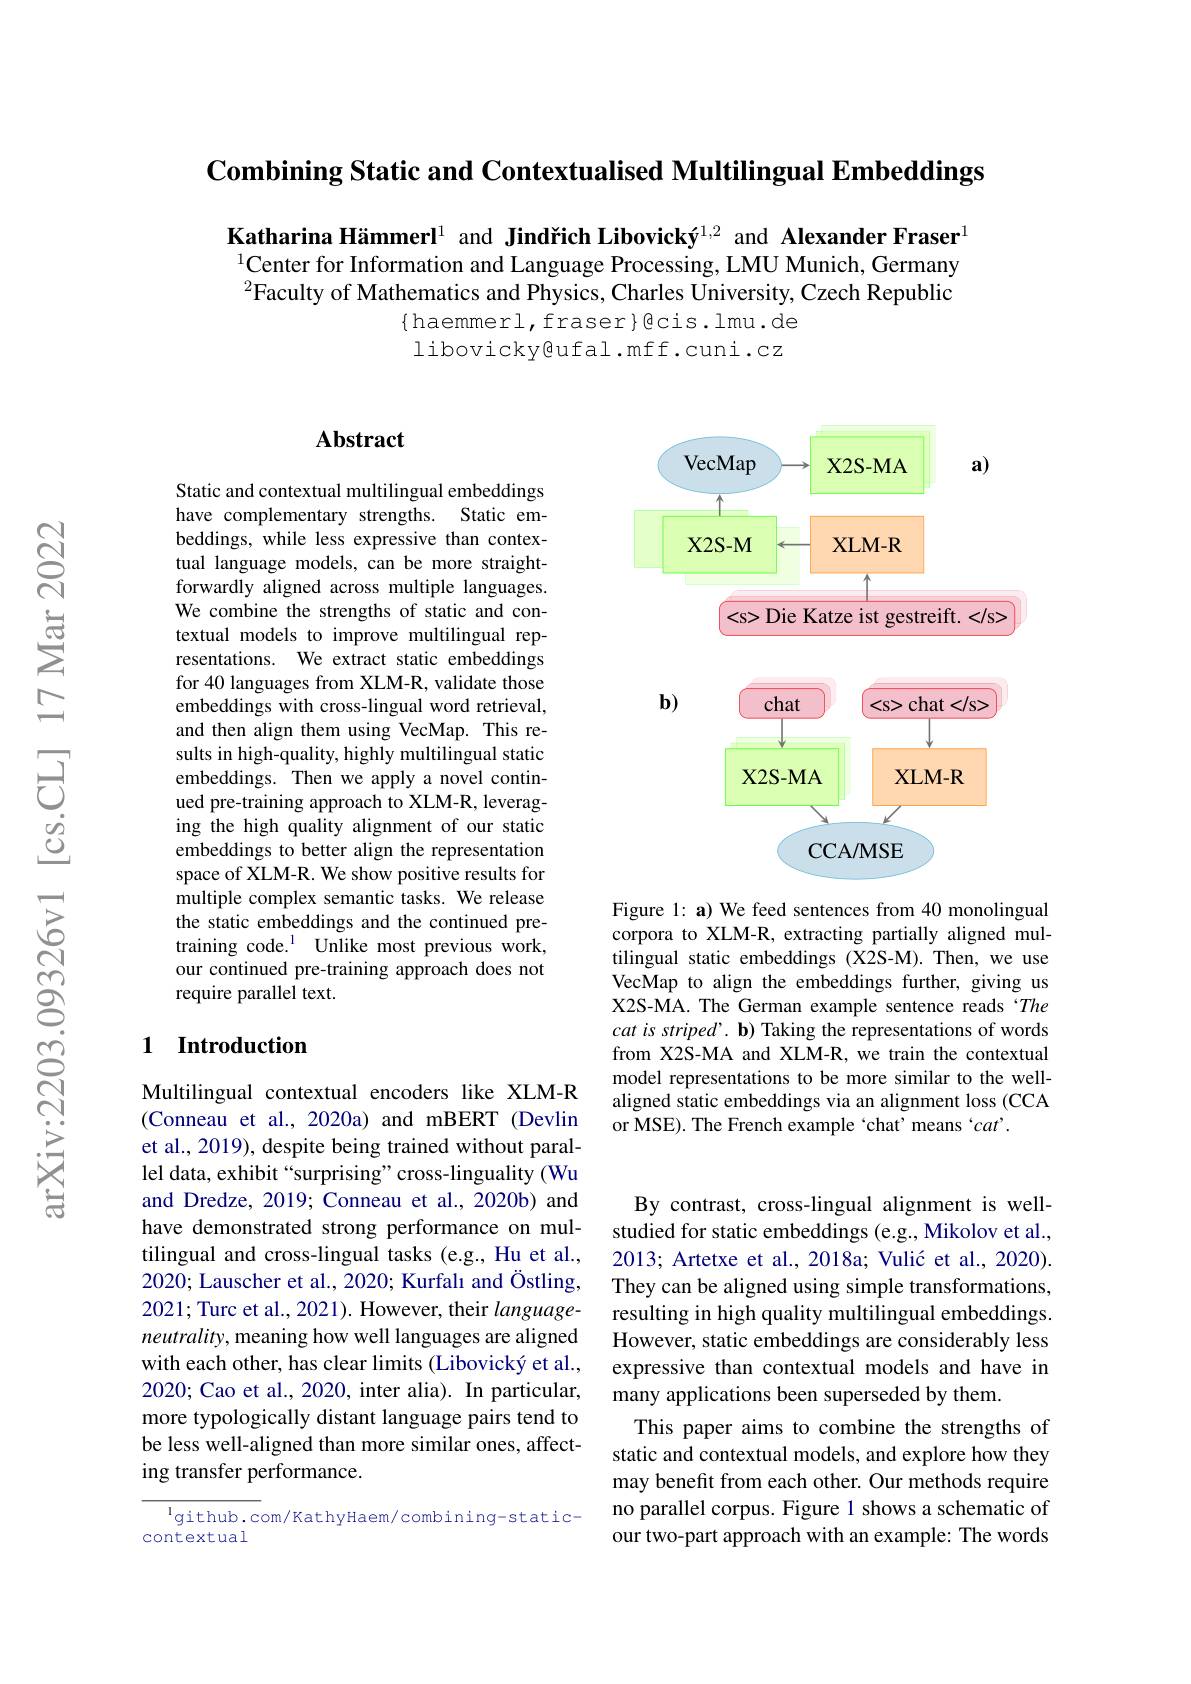
$\textbf{Combining Static and Contextualised Multilingual Embeddings}$

Katharina Hämmerl$^{1}$ and Jindřich Libovický$^{1,2}$ and Alexander Fraser$^{1}$ $^{1}$Center for Information and Language Processing, LMU Munich, Germany $^{2}$Faculty of Mathematics and Physics, Charles University, Czech Republic
$\{$haemmerl,fraser$\}$gcis.lmu.de libovicky@ufal.mff.cuni.cz

## $\mathbf{Abstract}$

<FigureHere>

Figure 1: a) We feed sentences from 40 monolingual

Static and contextual multilingual embeddings have complementary strengths. Static embeddings, while less expressive than contextual language models, can be more straightforwardly aligned across multiple languages. We combine the strengths of static and contextual models to improve multilingual representations. We extract static embeddings for 40 languages from XLM-R, validate those embeddings with cross-lingual word retrieval, and then align them using VecMap. This results in high-quality, highly multilingual static embeddings. Then we apply a novel continued pre-training approach to XLM-R, leveraging the high quality alignment of our static embeddings to better align the representation space of XLM-R. We show positive results for multiple complex semantic tasks. We release the static embeddings and the continued pretraining code.$^{1}$Unlike most previous work, our continued pre-training approach does not require parallel text.

corpora to XLM-R, extracting partially aligned multilingual static embeddings (X2S-M).Then, we use VecMap to align the embeddings further, giving us X2S-MA. The German example sentence reads‘The $cat\textit{ is striped’ . b})$ Taking the representations of words from X2S-MA and XLM-R, we train the contextual model representations to be more similar to the wellaligned static embeddings via an alignment loss (CCA or MSE). The French example‘chat’means‘cat’.

### 1 Introduction

Multilingual contextual encoders like XLM-R (Conneau et al., 2020a) and mBERT (Devlin et al., 2019), despite being trained without parallel data, exhibit “surprising”cross-linguality (Wu and Dredze, 2019; Conneau et al., 2020b) and have demonstrated strong performance on multilingual and cross-lingual tasks (e.g., Hu et al., 2020; Lauscher et al., 2020; Kurfalı and Östling, 2021; Turc et al., 2021). However, their $language-$ neutrality, meaning how well languages are aligned with each other, has clear limits (Libovický et al., 2020; Cao et al., 2020, inter alia). In particular, more typologically distant language pairs tend to be less well-aligned than more similar ones, affecting transfer performance.

By contrast, cross-lingual alignment is wellstudied for static embeddings (e.g., Mikolov et al., 2013; Artetxe et al., 2018a; Vulić et al., 2020). They can be aligned using simple transformations, resulting in high quality multilingual embeddings. However, static embeddings are considerably less expressive than contextual models and have in many applications been superseded by them.
This paper aims to combine the strengths of static and contextual models, and explore how they may benefit from each other. Our methods require no parallel corpus. Figure 1 shows a schematic of our two-part approach with an example: The words

$^{1}$github.com/KathyHaem/combining-static-
contextual